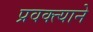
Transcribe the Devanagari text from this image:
प्रवक्त्याने